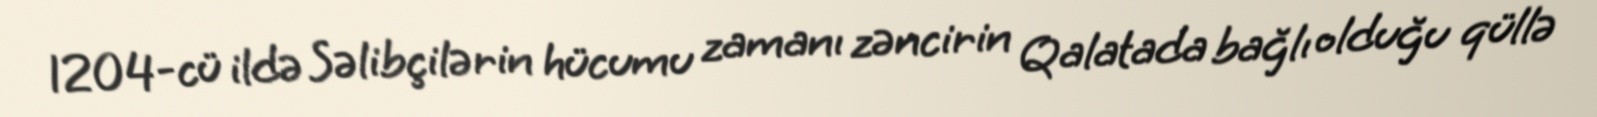
1204-cü ildə Səlibçilərin hücumu zamanı zəncirin Qalatada bağlı olduğu qüllə